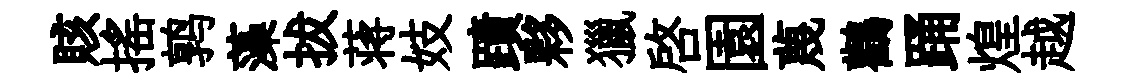
賅摇鹑藻拔蒋妓蹟夥獵啓園蔑鸛踊煌越